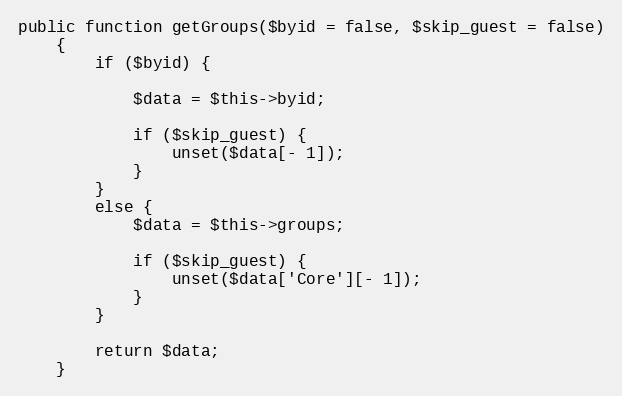
Language: PHP
public function getGroups($byid = false, $skip_guest = false)
    {
        if ($byid) {

            $data = $this->byid;

            if ($skip_guest) {
                unset($data[- 1]);
            }
        }
        else {
            $data = $this->groups;

            if ($skip_guest) {
                unset($data['Core'][- 1]);
            }
        }

        return $data;
    }